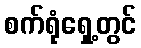
စက်ရုံရှေ့တွင်